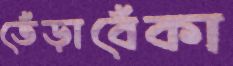
তেঁড়াবেঁকা